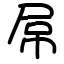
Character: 屌